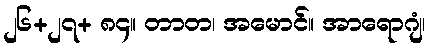
၂၆+၂၇+ ၈၄။ တာတ၊ အမောင်။ အာရောဂျံ၊